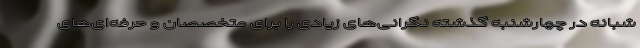
شبانه در چهارشنبه گذشته نگرانی‌های زیادی را برای متخصصان و حرفه‌ای‌های